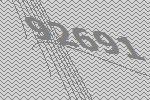
92691